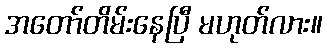
အတော်တိမ်းနေပြီ မဟုတ်လား။